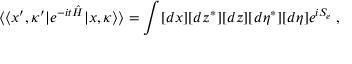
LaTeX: \langle \langle x ^ { \prime } , \kappa ^ { \prime } | e ^ { - i t \hat { H } } | x , \kappa \rangle \rangle = \int [ d x ] [ d z ^ { * } ] [ d z ] [ d \eta ^ { * } ] [ d \eta ] e ^ { i S _ { e } } \; ,